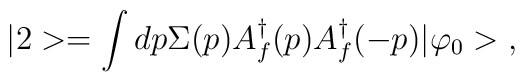
|2>= \int dp\Sigma(p)A^{\dagger}_f(p)A^{\dagger}_f (-p)|\varphi_0> \;,